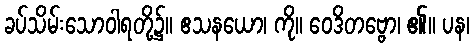
ခပ်သိမ်းသောဝါရတို့၌။ ဧသနယော၊ ကို။ ဝေဒိတဗ္ဗော၊ ၏။ ပန၊